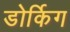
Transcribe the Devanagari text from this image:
डोर्किग